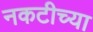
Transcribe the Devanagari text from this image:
नकटीच्या